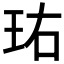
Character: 𬍘